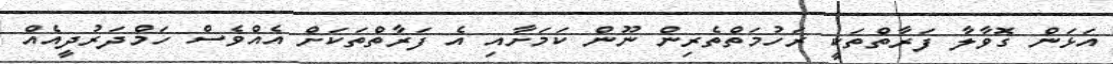
އަޅަން ގޮވާލާ ފަރާތްތަކީ ރަހުމަތްތެރިން ނޫން ކަމަށާއި އެ ފަރާތްތަކަށް އެއްވެސް ހަމްދަރުދީއެއް